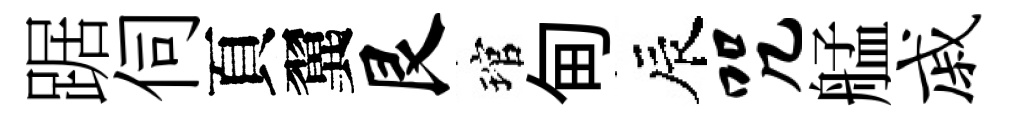
踞伺頁翼艮琯甸辰咒艋戚